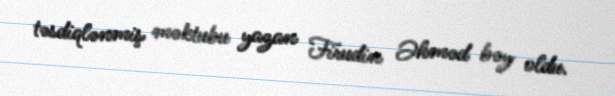
təsdiqlənmiş məktubu yazan Firudin Əhməd bəy oldu.